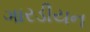
ગારડીયન